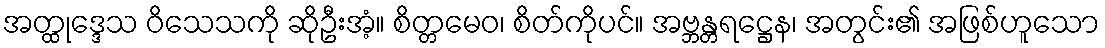
အတ္ထုဒ္ဒေသ ဝိသေသကို ဆိုဦးအံ့။ စိတ္တမေဝ၊ စိတ်ကိုပင်။ အဗ္ဘန္တရဋ္ဌေန၊ အတွင်း၏ အဖြစ်ဟူသော